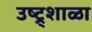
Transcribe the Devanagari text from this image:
उष्ट्र्शाळा